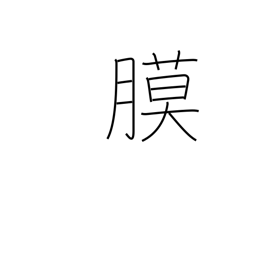
Meaning: membrane